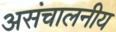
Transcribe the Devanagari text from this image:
असंचालनीय